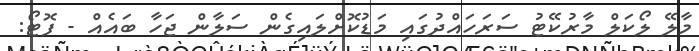
މާލޭ ލޯކަލް މާރުކޭޓު ސަރަހައްދުގައި މަޑުކޮށްލައިގެން ސަލާން ޖަހާ ބައެއް - ފޮޓޯ: